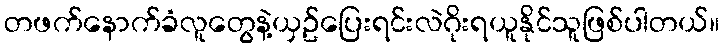
တဖက်နောက်ခံလူတွေနဲ့ယှဥ်ပြေးရင်းလဲဂိုးရယူနိုင်သူဖြစ်ပါတယ်။